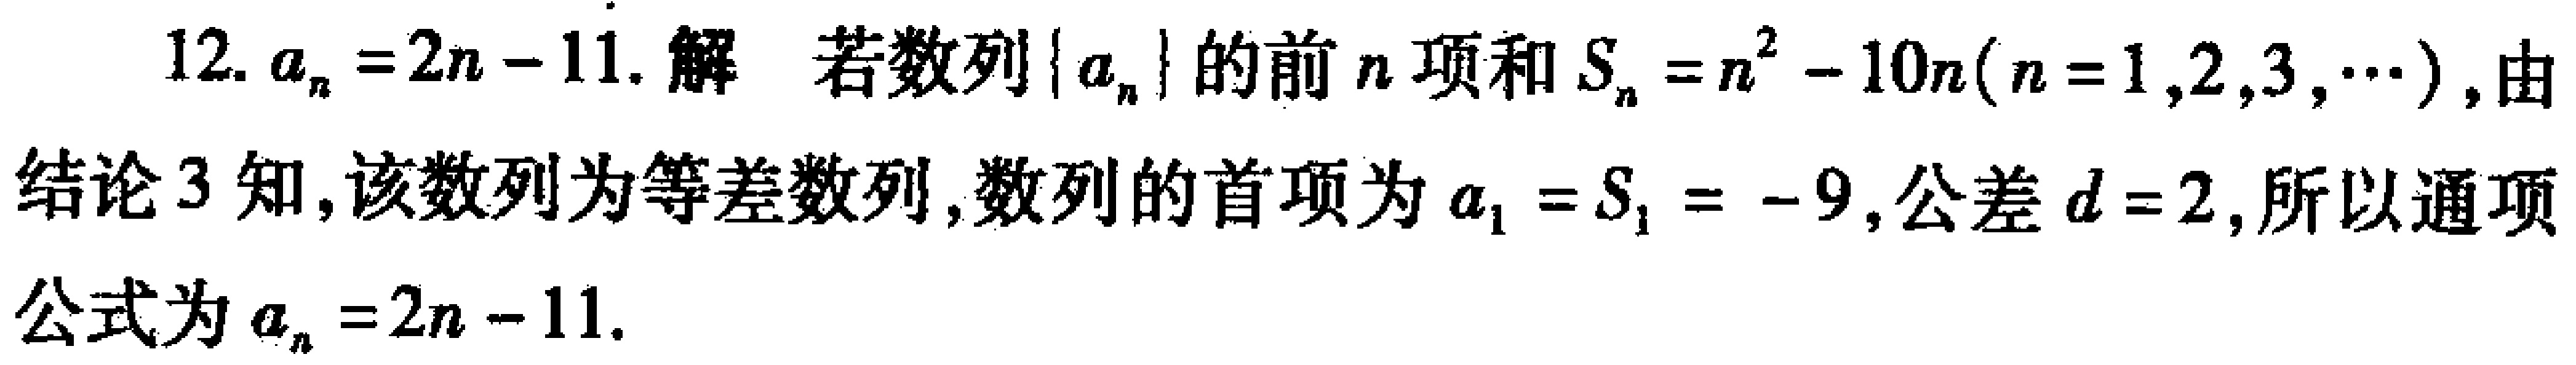
12. \(a_{n}=2n - 11\). 解 若数列\(\{ a_{n}\}\)的前\(n\)项和\(S_{n}=n^{2}-10n(n = 1,2,3,\cdots)\), 由结论3知, 该数列为等差数列, 数列的首项为\(a_{1}=S_{1}=- 9\), 公差\(d = 2\), 所以通项公式为\(a_{n}=2n - 11\).